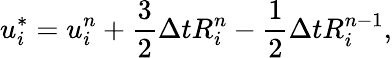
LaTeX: u_{i}^{*}=u_{i}^{n}+\frac{3}{2}\Delta tR_{i}^{n}-\frac{1}{2}\Delta tR_{i}^{n-1},